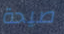
صيحة